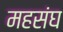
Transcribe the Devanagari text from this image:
महसंघ